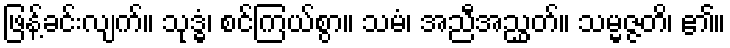
ဖြန့်ခင်းလျက်။ သုဒ္ဓံ၊ စင်ကြယ်စွာ။ သမံ၊ အညီအညွှတ်။ သမ္မဇ္ဇတိ၊ ၏။